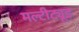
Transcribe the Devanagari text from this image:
मल्टीट्यूड